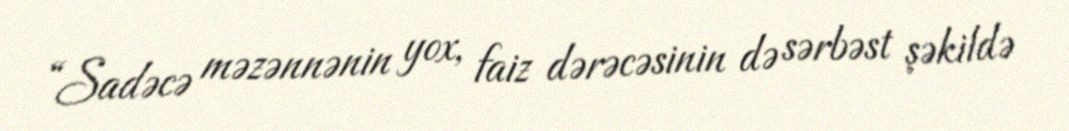
“Sadəcə məzənnənin yox, faiz dərəcəsinin də sərbəst şəkildə